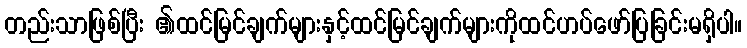
တည်းသာဖြစ်ပြီး ၏ထင်မြင်ချက်များနှင့်ထင်မြင်ချက်များကိုထင်ဟပ်ဖော်ပြခြင်းမရှိပါ။